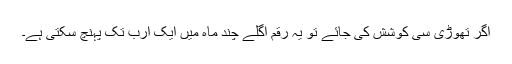
اگر تھوڑی سی کوشش کی جائے تو یہ رقم اگلے چند ماہ میں ایک ارب تک پہنچ سکتی ہے۔